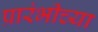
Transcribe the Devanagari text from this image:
प्रारंभीच्‍या